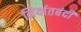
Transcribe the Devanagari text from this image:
निर्यातबंदी